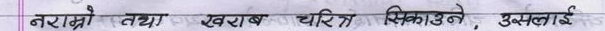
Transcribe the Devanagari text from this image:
नराम्रो तथा खराब चरित्र सिकाउने, उसलाई